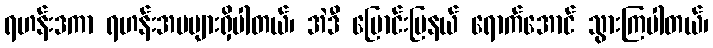
ရဟန်းဒကာ ရဟန်းအမများရှိပါတယ်၊ အဲဒီ မြောင်းမြနယ် ရောက်အောင် သွားကြပါတယ်၊